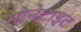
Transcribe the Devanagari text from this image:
मोनेटाइट